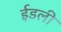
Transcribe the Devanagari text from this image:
ईडली